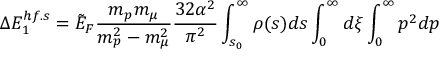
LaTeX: \Delta E _ { 1 } ^ { h f . s } = \tilde { E } _ { F } \frac { m _ { p } m _ { \mu } } { m _ { p } ^ { 2 } - m _ { \mu } ^ { 2 } } \frac { 3 2 \alpha ^ { 2 } } { \pi ^ { 2 } } \int _ { s _ { 0 } } ^ { \infty } \rho ( s ) d s \int _ { 0 } ^ { \infty } d \xi \int _ { 0 } ^ { \infty } p ^ { 2 } d p